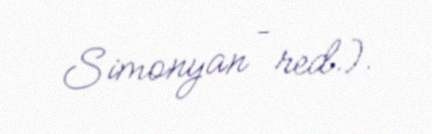
Simonyan – red.).